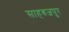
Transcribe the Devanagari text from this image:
साहबजपुर